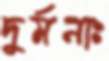
দুর্মনাঃ